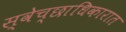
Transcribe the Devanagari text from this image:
स्वेच्छाधिकारात